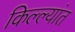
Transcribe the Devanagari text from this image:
किल्ल्यांत